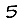
Digit: 5